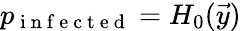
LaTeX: p_{\mathrm{~i~n~f~e~c~t~e~d~}}=H_{0}(\vec{y})